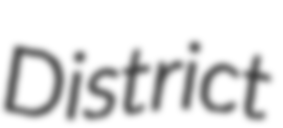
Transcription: District